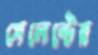
সেলেন্টের